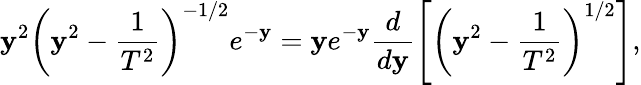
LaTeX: \mathbf{y}^{2}\left(\mathbf{y}^{2}-\frac{{1}}{{T^{2}}}\right)^{-1/2}e^{-\mathbf{y}}=\mathbf{y}e^{-\mathbf{y}}\frac{{d}}{{d\mathbf{y}}}\left[\left(\mathbf{y}^{2}-\frac{{1}}{{T^{2}}}\right)^{1/2}\right],